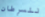
للسرطان